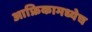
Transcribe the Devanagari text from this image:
आफ्रिकामध्येच